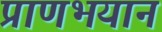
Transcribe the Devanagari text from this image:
प्राणभयानं